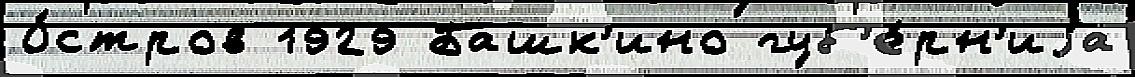
О́стров 1929 Башк'ино губ'е́рн'иjа